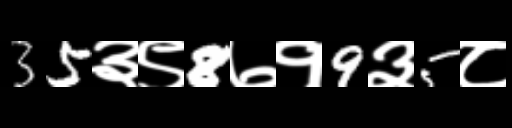
Text: 35३९8७१9३5८